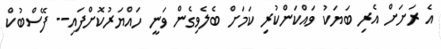
އެ ރަށަށް އެރި ބަޔަކު ވައްކަންކުރި ކަމަށް ބެލެވިގެން ވަނީ ހައްޔަރުކޮށްފައި-- ފޭސްބުކް